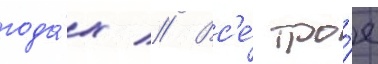
года́х // Вс'е́ тро́е